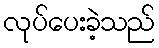
လုပ်ပေးခဲ့သည်